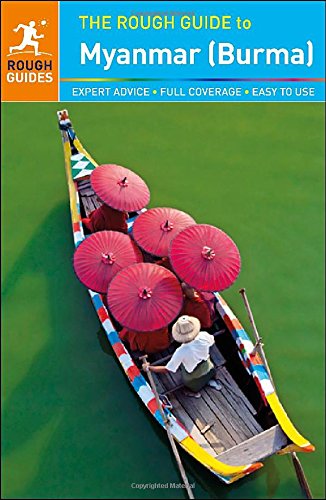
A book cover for The Rough Guide to Myanmar (Burma); Gavin Thomas; Travel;